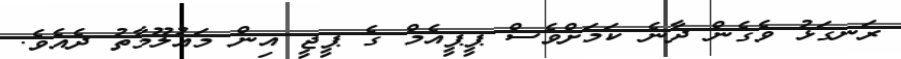
ރަނގަޅު ވެގެން ދާނެ ކަމަށްވެސް ޕީޕީއެމް ގެ ޕީޖީ އިން މައުލޫމާތު ދެއެވެ.